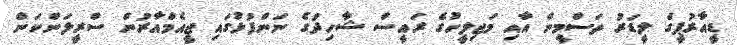
ޑީއާރުޕީގެ ލީޑަރު ތަސްމީން އާއި މަޖިލީހުގެ ރައީސް ޝާހިދުގެ ނަންފުޅުގައި ޖީއެމްއާރުން ސްރީލަންކަން